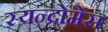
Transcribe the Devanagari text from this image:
स्यन्द्रोमेस